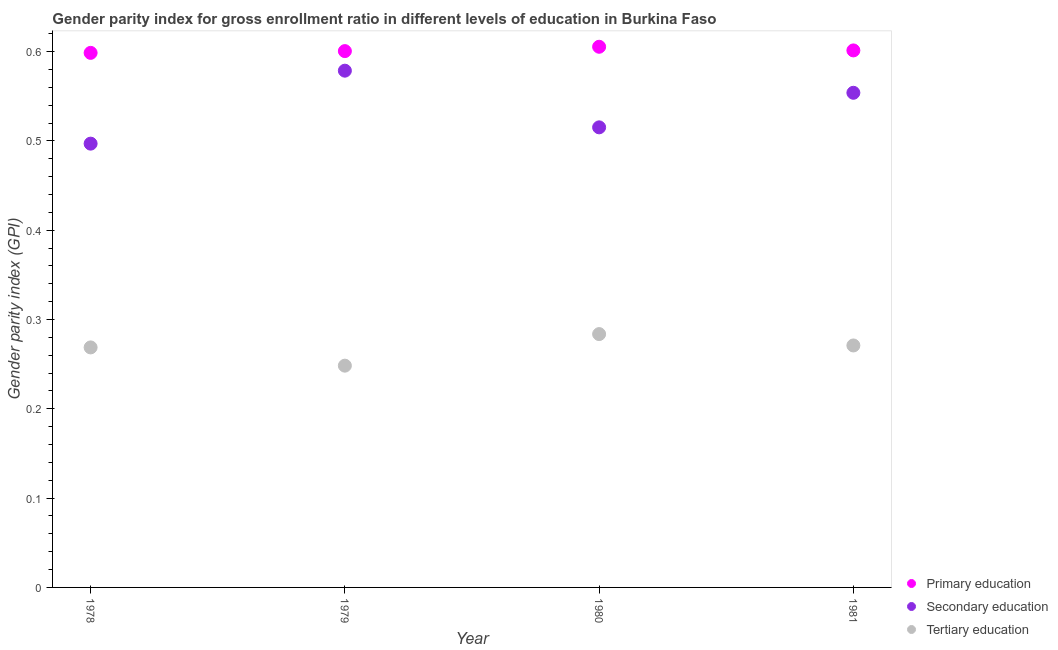
| Year | Primary education | Secondary education | Tertiary education |
 | --- | --- | --- | --- |
 | 1978 | 0.599 | 0.497 | 0.269 |
 | 1979 | 0.601 | 0.579 | 0.248 |
 | 1980 | 0.605 | 0.515 | 0.284 |
 | 1981 | 0.601 | 0.554 | 0.271 |